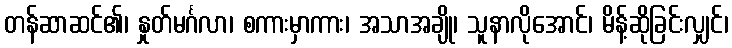
တန်ဆာဆင်၏၊ နှုတ်မင်္ဂလာ၊ စကားမှာကား၊ အသာအချို၊ သူနာလိုအောင်၊ မိန့်ဆိုခြင်းလျှင်၊